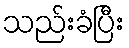
သည်းခံပြီး